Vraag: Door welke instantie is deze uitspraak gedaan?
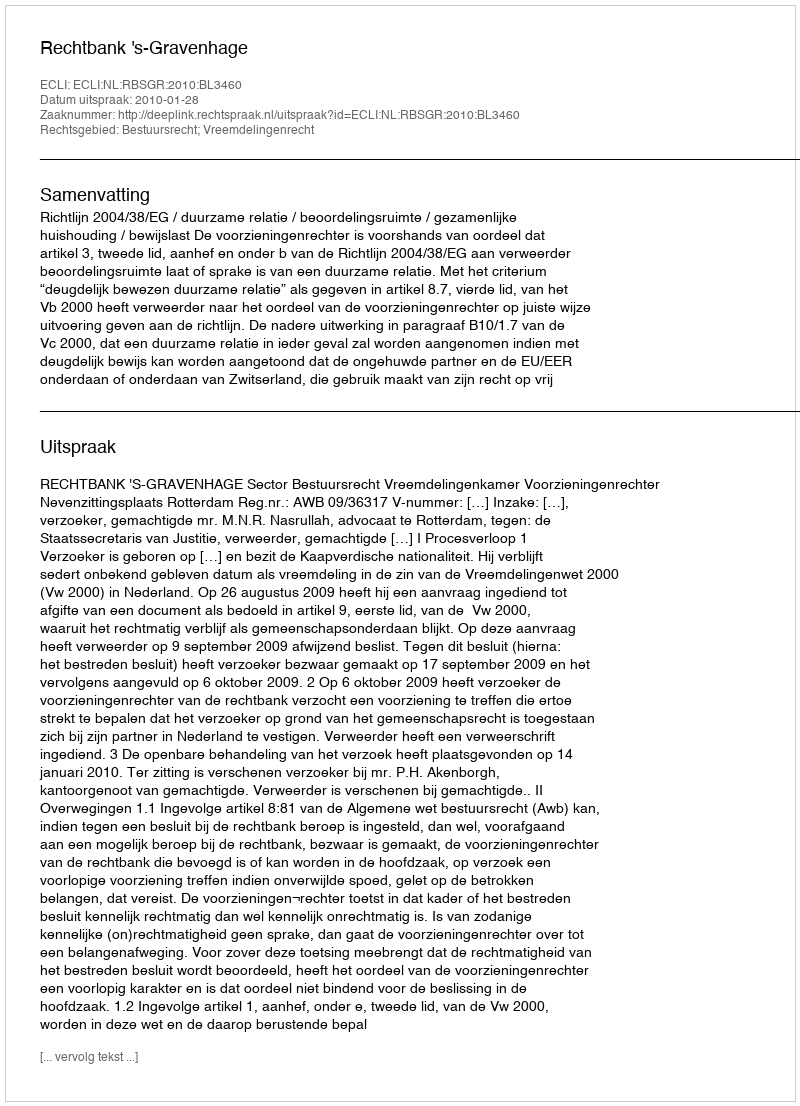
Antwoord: Rechtbank 's-Gravenhage